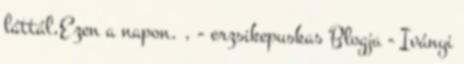
láttál,Ezen a napon. , - erzsikepuskas Blogja - Iványi